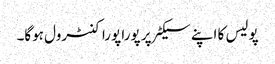
پولیس کا اپنے سیکٹر پر پورا پورا کنٹرول ہوگا۔